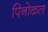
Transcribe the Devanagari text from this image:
पिनोकल